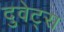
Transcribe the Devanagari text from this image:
दुवेट्स